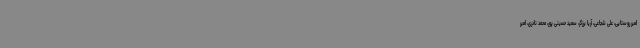
امیر روستایی، علی شجاعی، آریا برزگر، سعید حسینی پور، محمد نادری، امیر